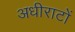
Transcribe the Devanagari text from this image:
अधीराटों